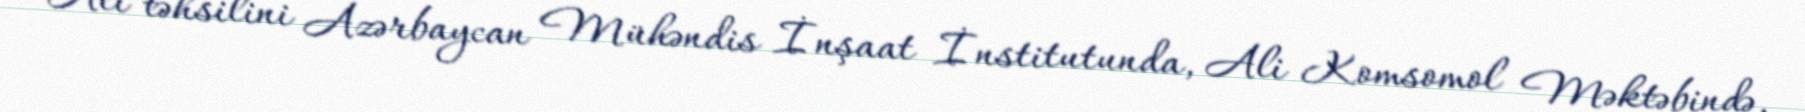
Ali təhsilini Azərbaycan Mühəndis İnşaat İnstitutunda, Ali Komsomol Məktəbində,